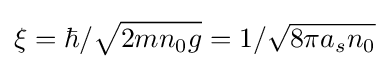
\xi =\hbar /{\sqrt {2mn_{0}g}}=1/{\sqrt {8\pi a_{s}n_{0}}}